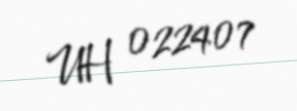
UH 022407